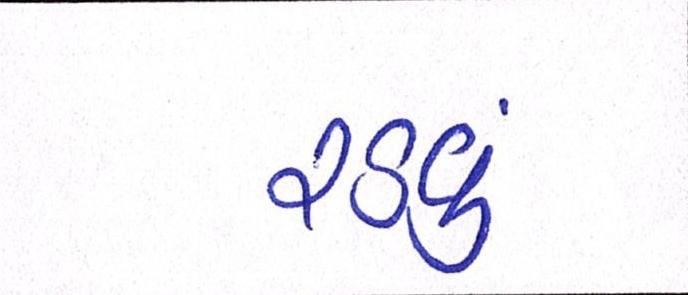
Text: રડવું